Document type: Sale
Year: 1290
Scribe: Miquel Rotllan
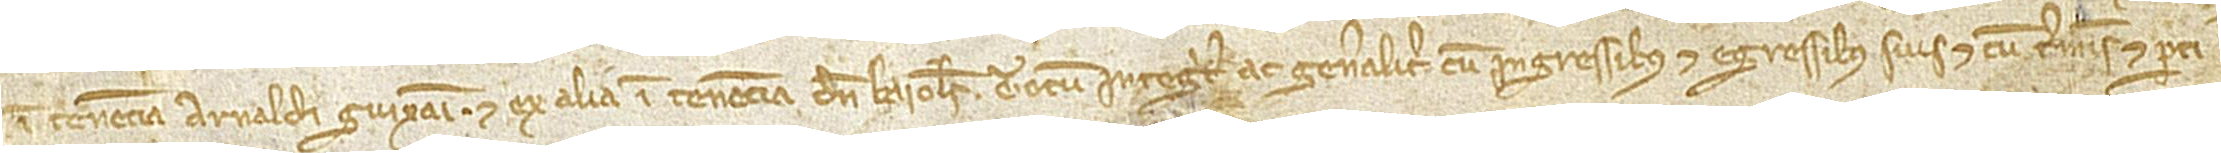
in tenencia Arnaldi Guixani, et ex alia in tenencia d’en Baioles; totum integriter ac generaliter, cum ingressibus et egressibus suis, et cum terminis et perti-